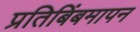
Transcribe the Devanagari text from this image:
प्रतिबिंबमापन